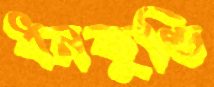
ধনকুণ্ডি